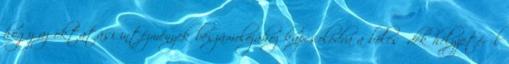
hogy az oktatási intézmények beszámolójához kapcsolódva a bölcsődék helyzetéről